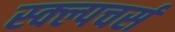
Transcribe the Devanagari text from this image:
स्क्ल्पचर्स